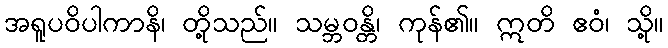
အရူပဝိပါကာနိ၊ တို့သည်။ သမ္ဘဝန္တိ၊ ကုန်၏။ ဣတိ ဧဝံ၊ သို့။